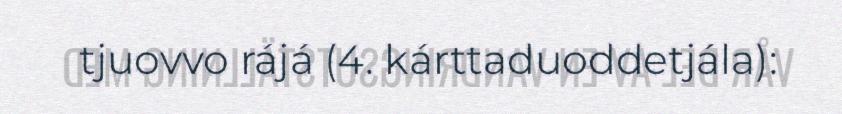
tjuovvo rájá (4. kárttaduoddetjála):